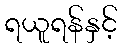
ရယူရန်နှင့်